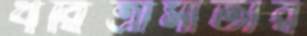
ধরিত্রীমাতার